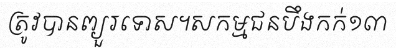
ត្រូវបានព្យួរទោស។សកម្មជនបឹងកក់១៣